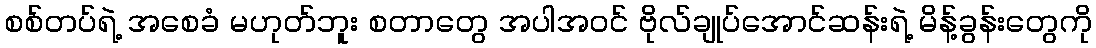
စစ်တပ်ရဲ့ အစေခံ မဟုတ်ဘူး စတာတွေ အပါအဝင် ဗိုလ်ချုပ်အောင်ဆန်းရဲ့ မိန့်ခွန်းတွေကို